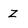
Character: Z